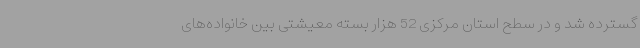
گسترده شد و در سطح استان مرکزی 52 هزار بسته معیشتی بین خانواده‌های